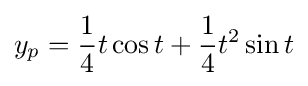
y_{p}={\frac {1}{4}}t\cos t+{\frac {1}{4}}t^{2}\sin t